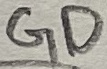
Text: GD